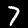
Label: 7